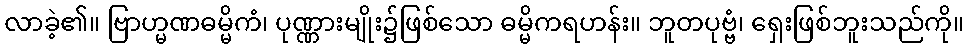
လာခဲ့၏။ ဗြာဟ္မဏဓမ္မိကံ၊ ပုဏ္ဏားမျိုး၌ဖြစ်သော ဓမ္မိကရဟန်း။ ဘူတပုဗ္ဗံ၊ ရှေးဖြစ်ဘူးသည်ကို။